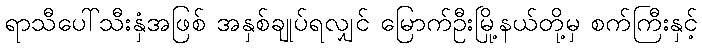
ရာသီပေါ်သီးနှံအဖြစ် အနှစ်ချုပ်ရလျှင် မြောက်ဦးမြို့နယ်တို့မှ စက်ကြီးနှင့်